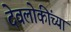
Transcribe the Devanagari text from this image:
देवलोकींच्या